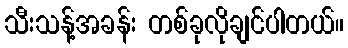
သီးသန့်အခန်း တစ်ခုလိုချင်ပါတယ်။